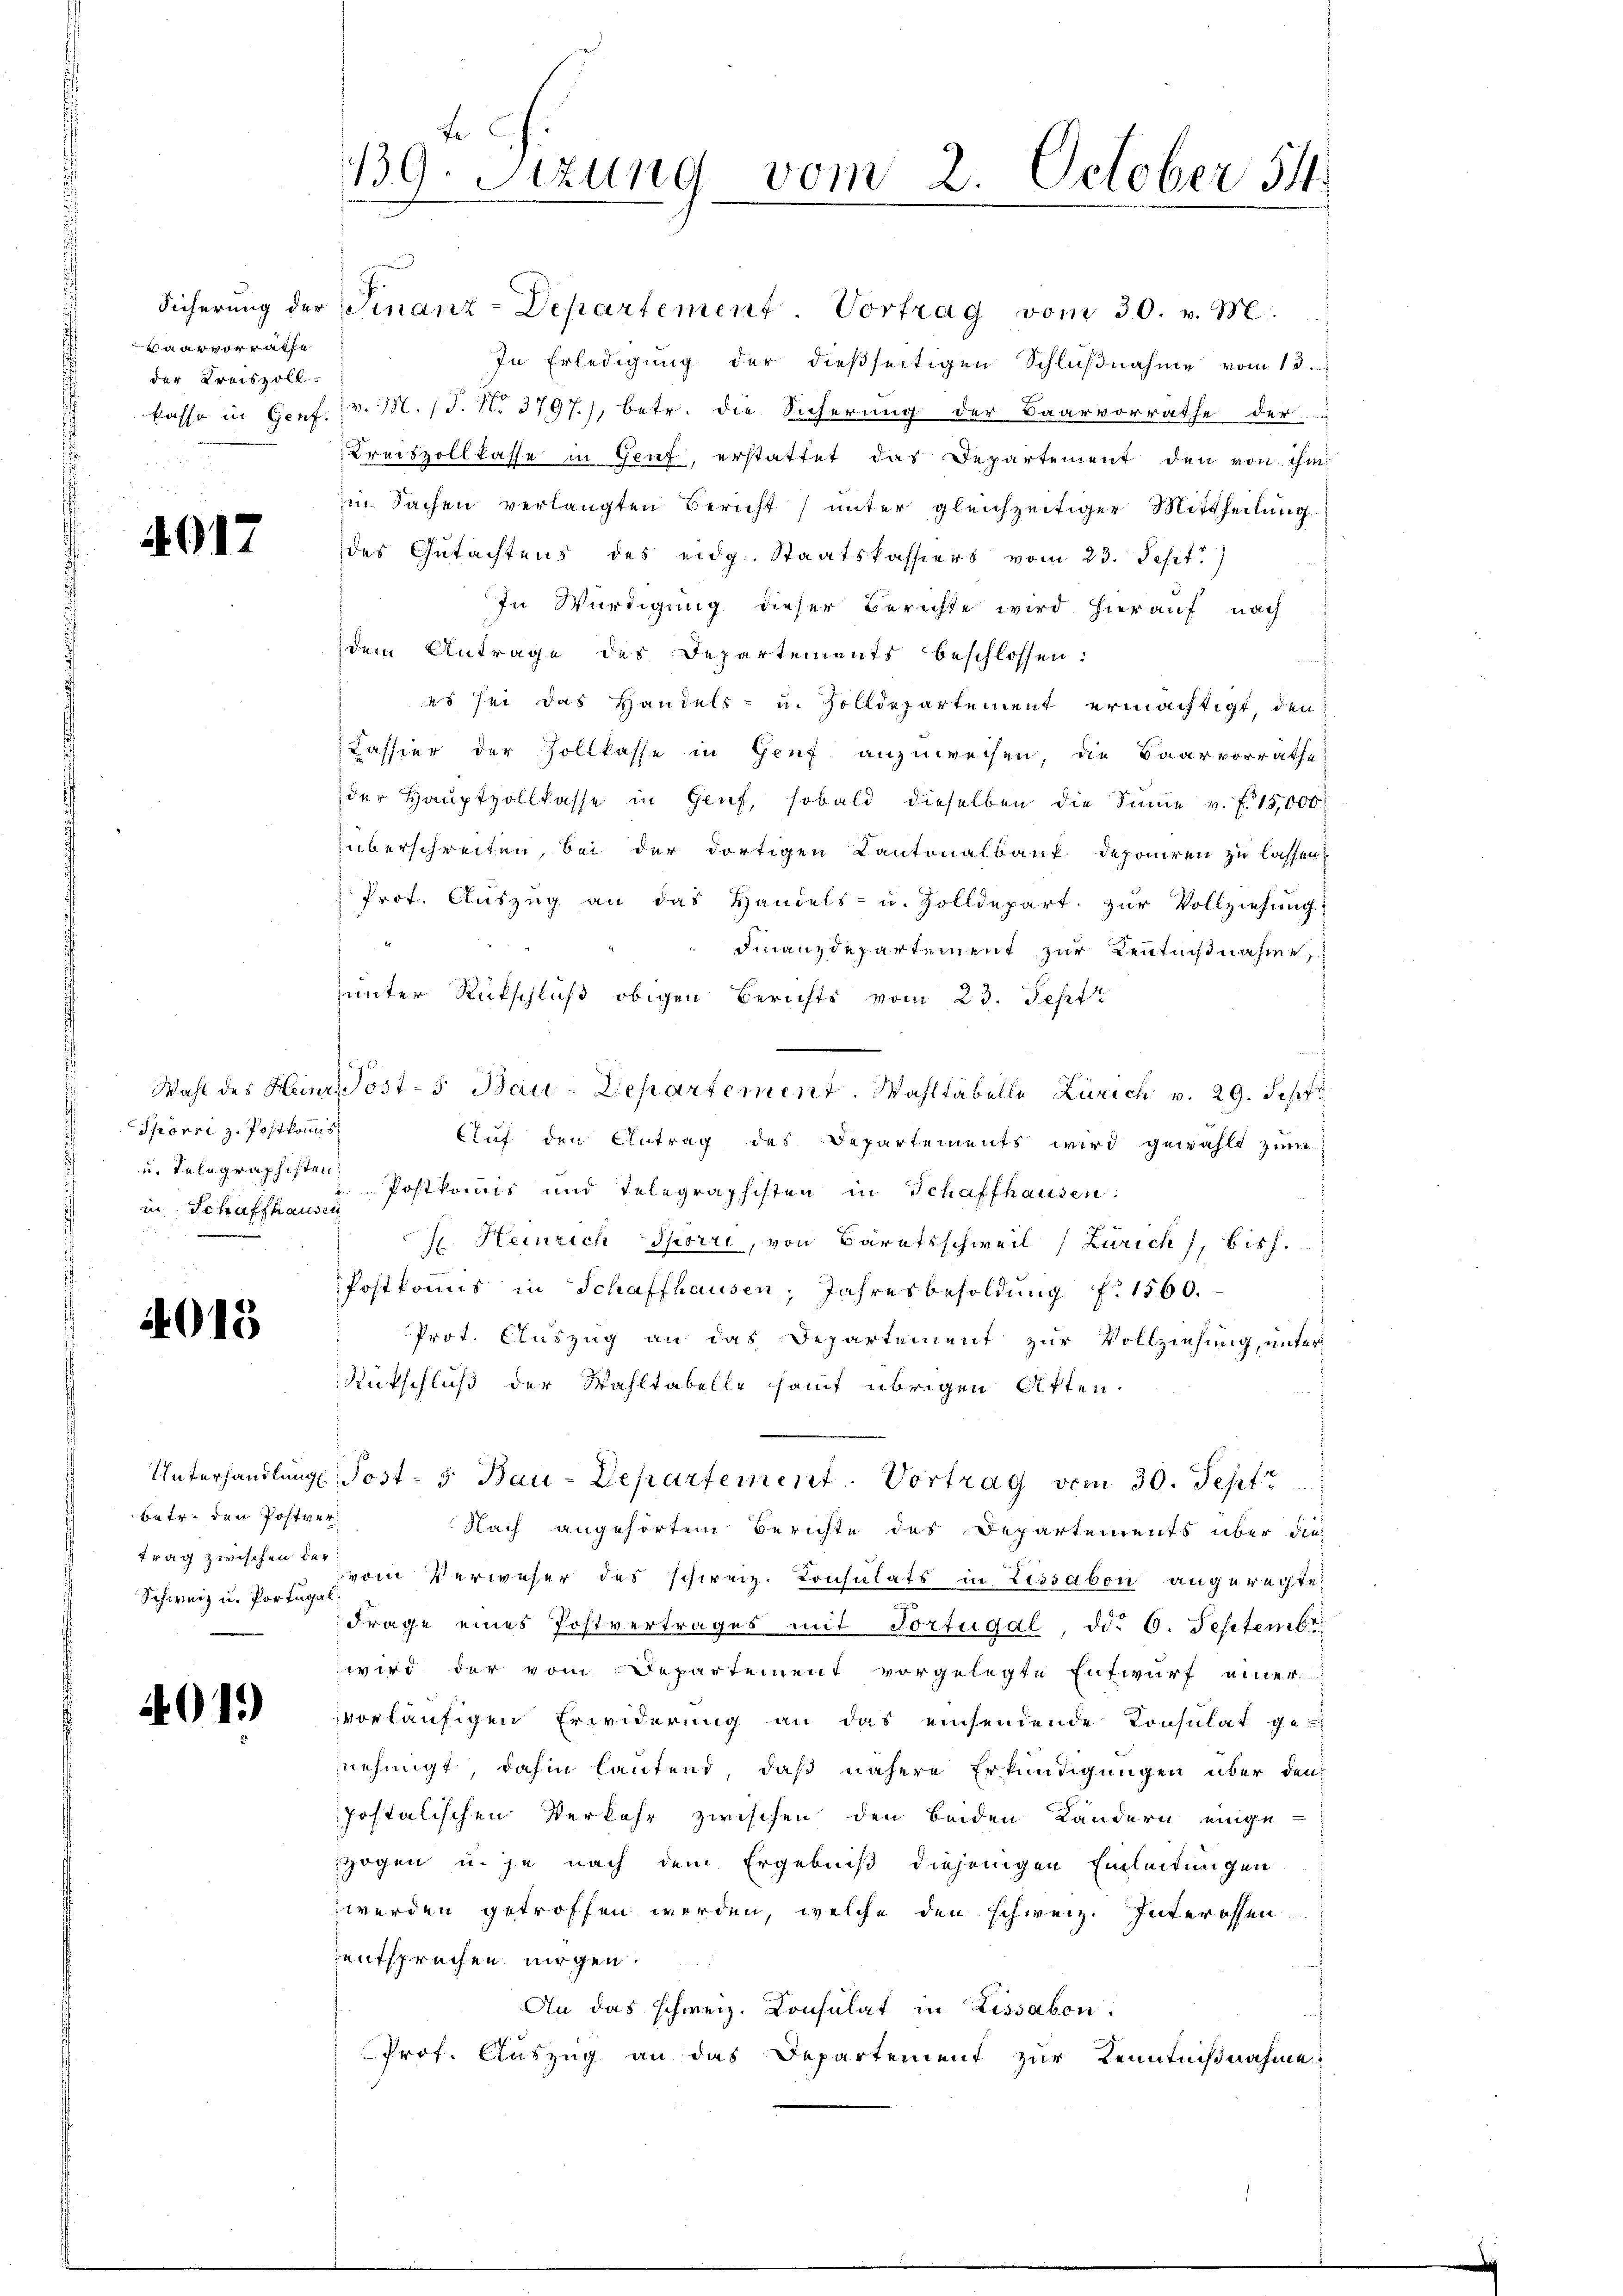
Vaarvorräthe
der Kreiszoll

4017

Spörri z. Postkommis
in Schaffhausen
.

4013

bate, den Postver¬
Schweiz u. Portugal

4015)

139. Sizung vom 2. October 54.

Sicherung der Finanz-Departement. Vortrag vom 30. v. M.
In Erledigung der dießseitigen Schlŭβnahme vom 13.
kasse in Genf. v. M. (T. N. 3797), betr. die Sicherung der Baarvorrathe der
Kreiszollkasse in Genf, erstattet das Departement den von ihm
in Sachen verlangten Bericht unter gleichzeitiger Mittheilung
des Gutachtens des eidg. Staatskassiers vom 23. Sept.)
In Würdigung dieser Berichte wird hierauf nach
dem Antrage des Departements beschlossen:
es sei das Handels- u. Zolldepartement ermächtigt, den
Kassier der Zollkasse in Genf anzuweisen, die Baarvorräthe
der Hauptvollkasse in Genf, sobald dieselben die Sinne v. fr. 15,000
überschreiten, bei der dortigen Kantonalbank deponiren zu lassen,
Prot. Aŭszŭg an das Handels- u. Zolldepart. zŭr Vollziehung:
Finanzdepartement zur Kenntnißnahme
unter Rückschluß obigen Berichts vom 23. Sept
Wahl des Herr Post-5 Bau-Departement. Wahltabelle Zürich v. 29. Sept
Auf den Antrag des Departements wird gewählt zum
u. Telegraphen Postkommis und Telegraphisten in Schaffhausen:
H. Heinrich Spörri, von Baratsschweil Zürich, bish
Postkomis in Schaffhausen, Jahresbesoldung f. 1560.
Prot. Auszug an das Departement zur Vollziehung, unter
Rutschluß der Wahltabelle samt übrigen Atten.
Unterhandlung Post- 5 Bau-Departement. Vortrag vom 30. Sept
Nach angehörtem Berichte des Departements über die
trag zwischen ein Verweser des schweiz. Konsulats in Lissabon angeregte
n
Frage eines Postvertrages mit Tortugal, ddo 6. Septembr.
wird der vom Departement vorgelegte Entwurf einer
vvorläufigen Erwiderung an das einsendende Consulat ge-
nehmigt, dahin lautend, daß nähere Erkundigungen über den
Jostalischen Verkehr zwischen den beiden Ländern eingezogen u. je nach dem Ergebniß diejenigen Einleitungen
werden getroffen werden, welche den schweiz. Interessen
entsprechen mögen.
An das schweiz. Consulat in Rissabon.
Prof. Auszug an das Departement zur Kenntnißnahme